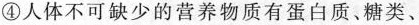
④人体不可缺少的营养物质有蛋白质、糖类、